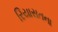
રિયાસતના